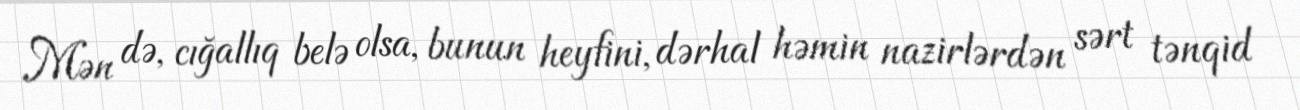
Mən də, cığallıq belə olsa, bunun heyfini, dərhal həmin nazirlərdən sərt tənqid